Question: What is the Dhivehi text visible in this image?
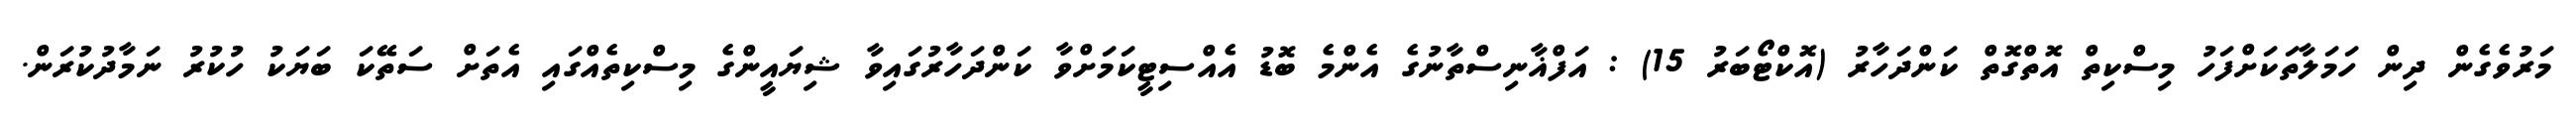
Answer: މަރުވެގެން ދިން ހަމަލާތަކަށްފަހު މިސްކިތް އޮތްގޮތް ކަންދަހާރު (އޮކްޓޯބަރު 15) : އަފްޣާނިސްތާނުގެ އެންމެ ބޮޑު އެއްސިޓީކަމަށްވާ ކަންދަހާރުގައިވާ ޝިޔައީންގެ މިސްކިތެއްގައި އެތަށް ސަތޭކަ ބަޔަކު ހުކުރު ނަމާދުކުރަން.